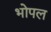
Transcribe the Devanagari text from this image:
भोपल